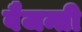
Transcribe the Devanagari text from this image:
वैजन्ती